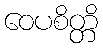
ဝေပစိတ္တိ